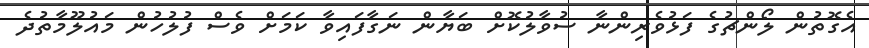
އެގޮތުން ލޯންޗުގެ ފަޅުވެރިންނާ ސުވާލުކޮށް ބަޔާން ނަގާފައިވާ ކަމަށް ވެސް ފުލުހުން މައުލޫމާތުދެ